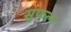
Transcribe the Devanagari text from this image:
सुफ़ल